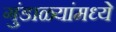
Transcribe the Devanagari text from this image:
गुंडाळ्यांमध्ये